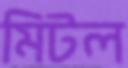
মিটল